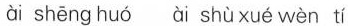
ài shēng huó ài shù xué wèn tí